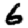
Digit: 6